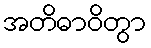
အတိဓာဝိတွာ